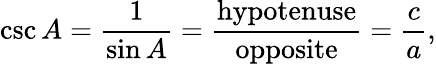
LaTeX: \csc A={\frac{1}{\sin A}}={\frac{\textrm{hypotenuse}}{\textrm{opposite}}}={\frac{c}{a}},